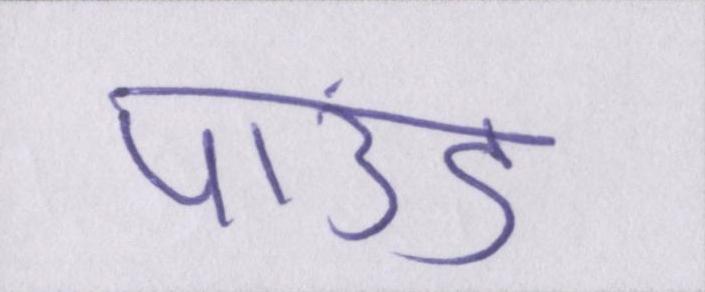
पाउंड